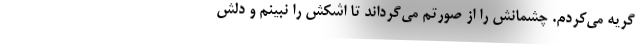
گریه می‌کردم. چشمانش را از صورتم می‌گرداند تا اشکش را نبینم و دلش